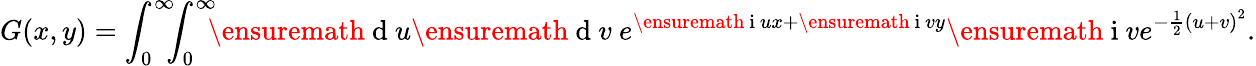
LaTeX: G(x,y)=\int_{0}^{\infty}\! \! \! \int_{0}^{\infty}\! \! \! \ensuremath{\mathrm{~d~}}u\ensuremath{\mathrm{~d~}}v\ e^{\ensuremath{\mathrm{~i~}}ux+\ensuremath{\mathrm{~i~}}vy}\ensuremath{\mathrm{~i~}}ve^{-\frac{1}{2}\left(u+v\right)^{2}}.